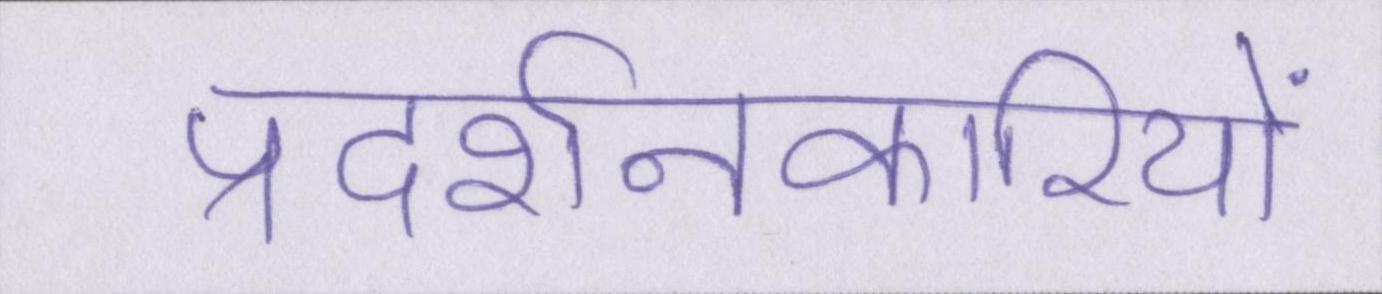
प्रदर्शनकारियों